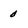
Character: 0